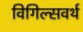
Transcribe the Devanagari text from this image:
विगिल्सवर्थ